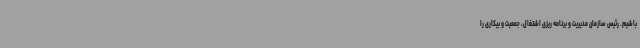
باشیم. رئیس سازمان مدیریت و برنامه ریزی اشتغال، جمعیت و بیکاری را